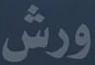
ورش